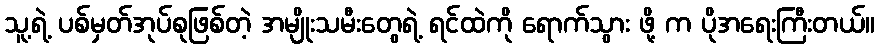
သူ့ရဲ့ ပစ်မှတ်အုပ်စုဖြစ်တဲ့ အမျိုးသမီးတွေရဲ့ ရင်ထဲကို ရောက်သွား ဖို့ က ပိုအရေးကြီးတယ်။